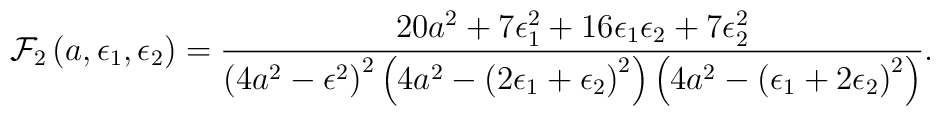
{\cal F}_2\left(a, \epsilon_1, \epsilon_2\right)=\frac{20 a^2 + 7 \epsilon_1^2 + 16 \epsilon_1 \epsilon_2 + 7\epsilon_2^2}{\left(4a^2 - \epsilon^2 \right)^2  \left(4a^2 - \left( 2\epsilon_1 + \epsilon_2\right)^2 \right) \left(4a^2 - \left(\epsilon_1 + 2\epsilon_2 \right)^2 \right)}.